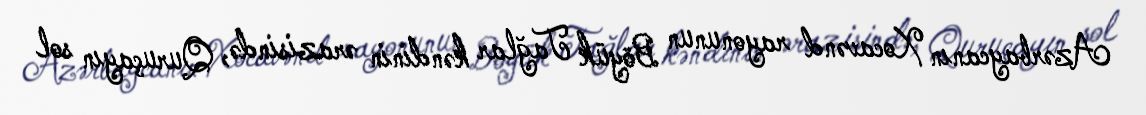
Azərbaycanın Xocavənd rayonunun Böyük Tağlar kəndinin ərazisində, Quruçayın sol